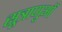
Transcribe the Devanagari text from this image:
सूत्राणुओं